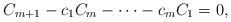
\begin{align*}C_{m+1} - c_1C_m - \dots - c_mC_1 = 0,\end{align*}